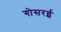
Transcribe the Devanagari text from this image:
गोसरई